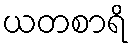
ယတစာရိ